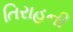
તિરાહની